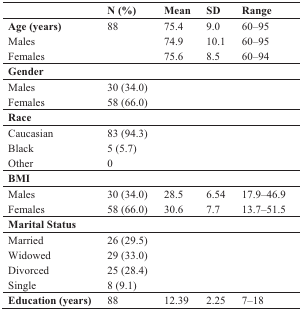
|  | N (%) | Mean | SD | Range |
 | --- | --- | --- | --- | --- |
 | Age (years) | 88 | 75.4 | 9.0 | 60–95 |
 | Males |  | 74.9 | 10.1 | 60–95 |
 | Females |  | 75.6 | 8.5 | 60–94 |
 | <COLSPAN=5> Gender |
 | Males | 30 (34.0) |  |  |  |
 | Females | 58 (66.0) |  |  |  |
 | <COLSPAN=5> Race |
 | Caucasian | 83 (94.3) |  |  |  |
 | Black | 5 (5.7) |  |  |  |
 | Other | 0 |  |  |  |
 | <COLSPAN=5> BMI |
 | Males | 30 (34.0) | 28.5 | 6.54 | 17.9–46.9 |
 | Females | 58 (66.0) | 30.6 | 7.7 | 13.7–51.5 |
 | <COLSPAN=5> Marital Status |
 | Married | 26 (29.5) |  |  |  |
 | Widowed | 29 (33.0) |  |  |  |
 | Divorced | 25 (28.4) |  |  |  |
 | Single | 8 (9.1) |  |  |  |
 | Education (years) | 88 | 12.39 | 2.25 | 7–18 |